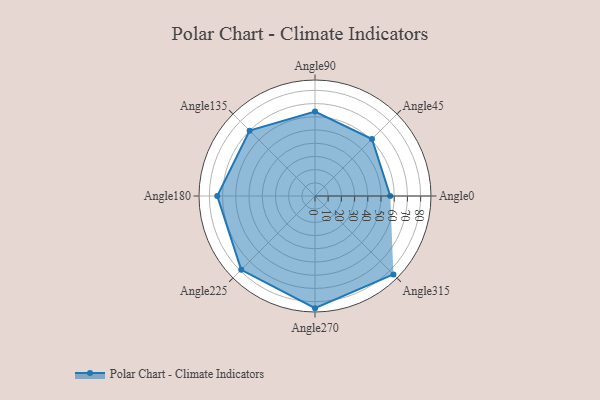
{"axis": {"x": "Angle", "y": "Radius"}, "legend": [""], "data": [{"x": "Angle0", "y": 57.0, "type": ""}, {"x": "Angle45", "y": 61.0, "type": ""}, {"x": "Angle90", "y": 64.0, "type": ""}, {"x": "Angle135", "y": 70.0, "type": ""}, {"x": "Angle180", "y": 74.0, "type": ""}, {"x": "Angle225", "y": 79.0, "type": ""}, {"x": "Angle270", "y": 85.0, "type": ""}, {"x": "Angle315", "y": 84.0, "type": ""}]}